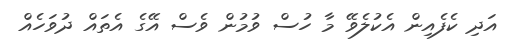
އަދި ކެފެއިން އެކުލެވޭ މާ ހުސް ވުމުން ވެސް އޭގެ އެތައް ދުވަހެއް